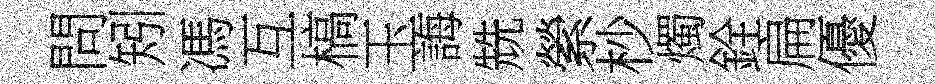
問矧馮互槁玉誨兟縈杪燭銓扁優